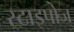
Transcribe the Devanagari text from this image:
स्टाइपोज